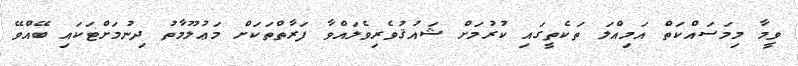
ވީމާ މިމަސައްކަތް އަމިއްލަ ތަކެތީގައި ކުރުމަށް ޝައުޤުވެރިވެލައްވާ ފަރާތްތަކަށް މަޢުލޫމާތު ދިނުމަށްޓަކައި ބޭއްވޭ